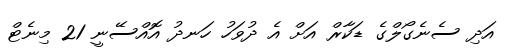
އަދި ސެނެގޯލްގެ ޑަކާރް އަށް އެ ދުވަހު ހަނދު އޮއްސޭނީ 21 މިނެޓް